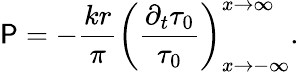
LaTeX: \mathsf{P}=-\frac{{kr}}{{\pi}}\left(\frac{{\partial_{t}\tau_{0}}}{{\tau_{0}}}\right)_{x\rightarrow-\infty}^{x\rightarrow\infty}.